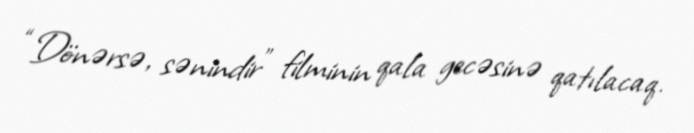
“Dönərsə, sənindir” filminin qala gecəsinə qatılacaq.